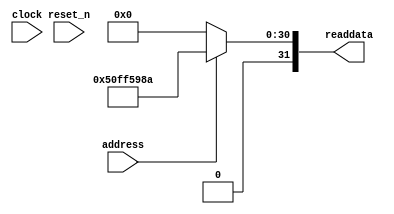
//Legal Notice: (C)2010 Altera Corporation. All rights reserved.  Your
//use of Altera Corporation's design tools, logic functions and other
//software and tools, and its AMPP partner logic functions, and any
//output files any of the foregoing (including device programming or
//simulation files), and any associated documentation or information are
//expressly subject to the terms and conditions of the Altera Program
//License Subscription Agreement or other applicable license agreement,
//including, without limitation, that your use is for the sole purpose
//of programming logic devices manufactured by Altera and sold by Altera
//or its authorized distributors.  Please refer to the applicable
//agreement for further details.

// synthesis translate_off
`timescale 1ns / 1ps
// synthesis translate_on

// turn off superfluous verilog processor warnings 
// altera message_level Level1 
// altera message_off 10034 10035 10036 10037 10230 10240 10030 

module BeInMotion_qsys_sysid (
               // inputs:
                address,
                clock,
                reset_n,

               // outputs:
                readdata
             )
;

  output  [ 31: 0] readdata;
  input            address;
  input            clock;
  input            reset_n;

  wire    [ 31: 0] readdata;
  //control_slave, which is an e_avalon_slave
  assign readdata = address ? 1358911882 : 0;

endmodule